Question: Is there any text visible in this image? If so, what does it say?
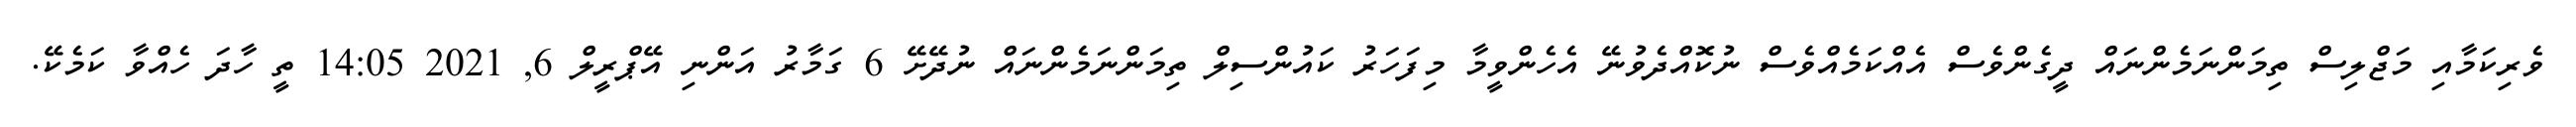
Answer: ވެރިކަމާއި މަޖްލިސް ތިމަންނަމެންނައް ދީގެންވެސް އެއްކަމެއްވެސް ނުކޮއްދެވުނޭ އެހެންވީމާ މިފަހަރު ކައުންސިލް ތިމަންނަމެންނައް ނުދޭށޭ 6 ގަމާރު އަންނި އޭޕްރީލް 6, 2021 14:05 ތީ ހާދަ ހެއްވާ ކަމެކޭ.